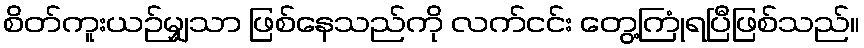
စိတ်ကူးယဉ်မျှသာ ဖြစ်နေသည်ကို လက်ငင်း တွေ့ကြုံရပြီဖြစ်သည်။